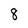
Character: 8